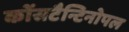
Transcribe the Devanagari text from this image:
कोंसटैन्टिनोपल